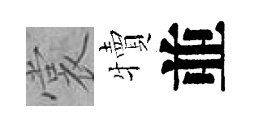
裳犢並